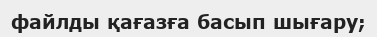
файлды қағазға басып шығару;